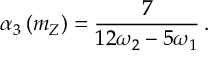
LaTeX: \alpha _ { 3 } \left( m _ { Z } \right) = \frac { 7 } { 1 2 \omega _ { 2 } - 5 \omega _ { 1 } } \, .